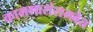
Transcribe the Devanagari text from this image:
कामगारांसमवेत